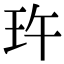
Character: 玝